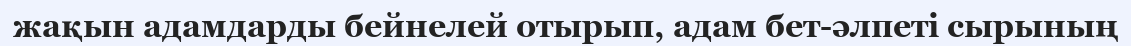
жақын адамдарды бейнелей отырып, адам бет-әлпеті сырының